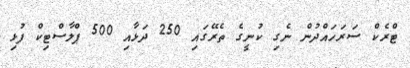
ޓްރެކް ސަރަހައްދުން ނެގި ކުނީގެ ތެރޭގައި 250 ދަޅާއި 500 ޕްލާސްޓިކް ފުޅި